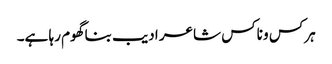
ہرکس و ناکس شاعر ادیب بنا گھوم رہا ہے۔